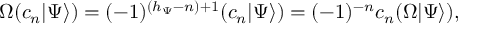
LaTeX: \Omega ( c _ { n } | \Psi \rangle ) = ( - 1 ) ^ { ( h _ { \Psi } - n ) + 1 } ( c _ { n } | \Psi \rangle ) = ( - 1 ) ^ { - n } c _ { n } ( \Omega | \Psi \rangle ) ,